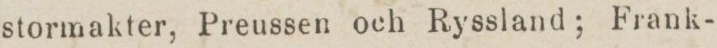
stormakter, Preussen och Ryssland; Frank-